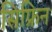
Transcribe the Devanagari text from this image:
सिफ्रिन